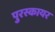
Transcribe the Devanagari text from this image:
पुरस्कायर